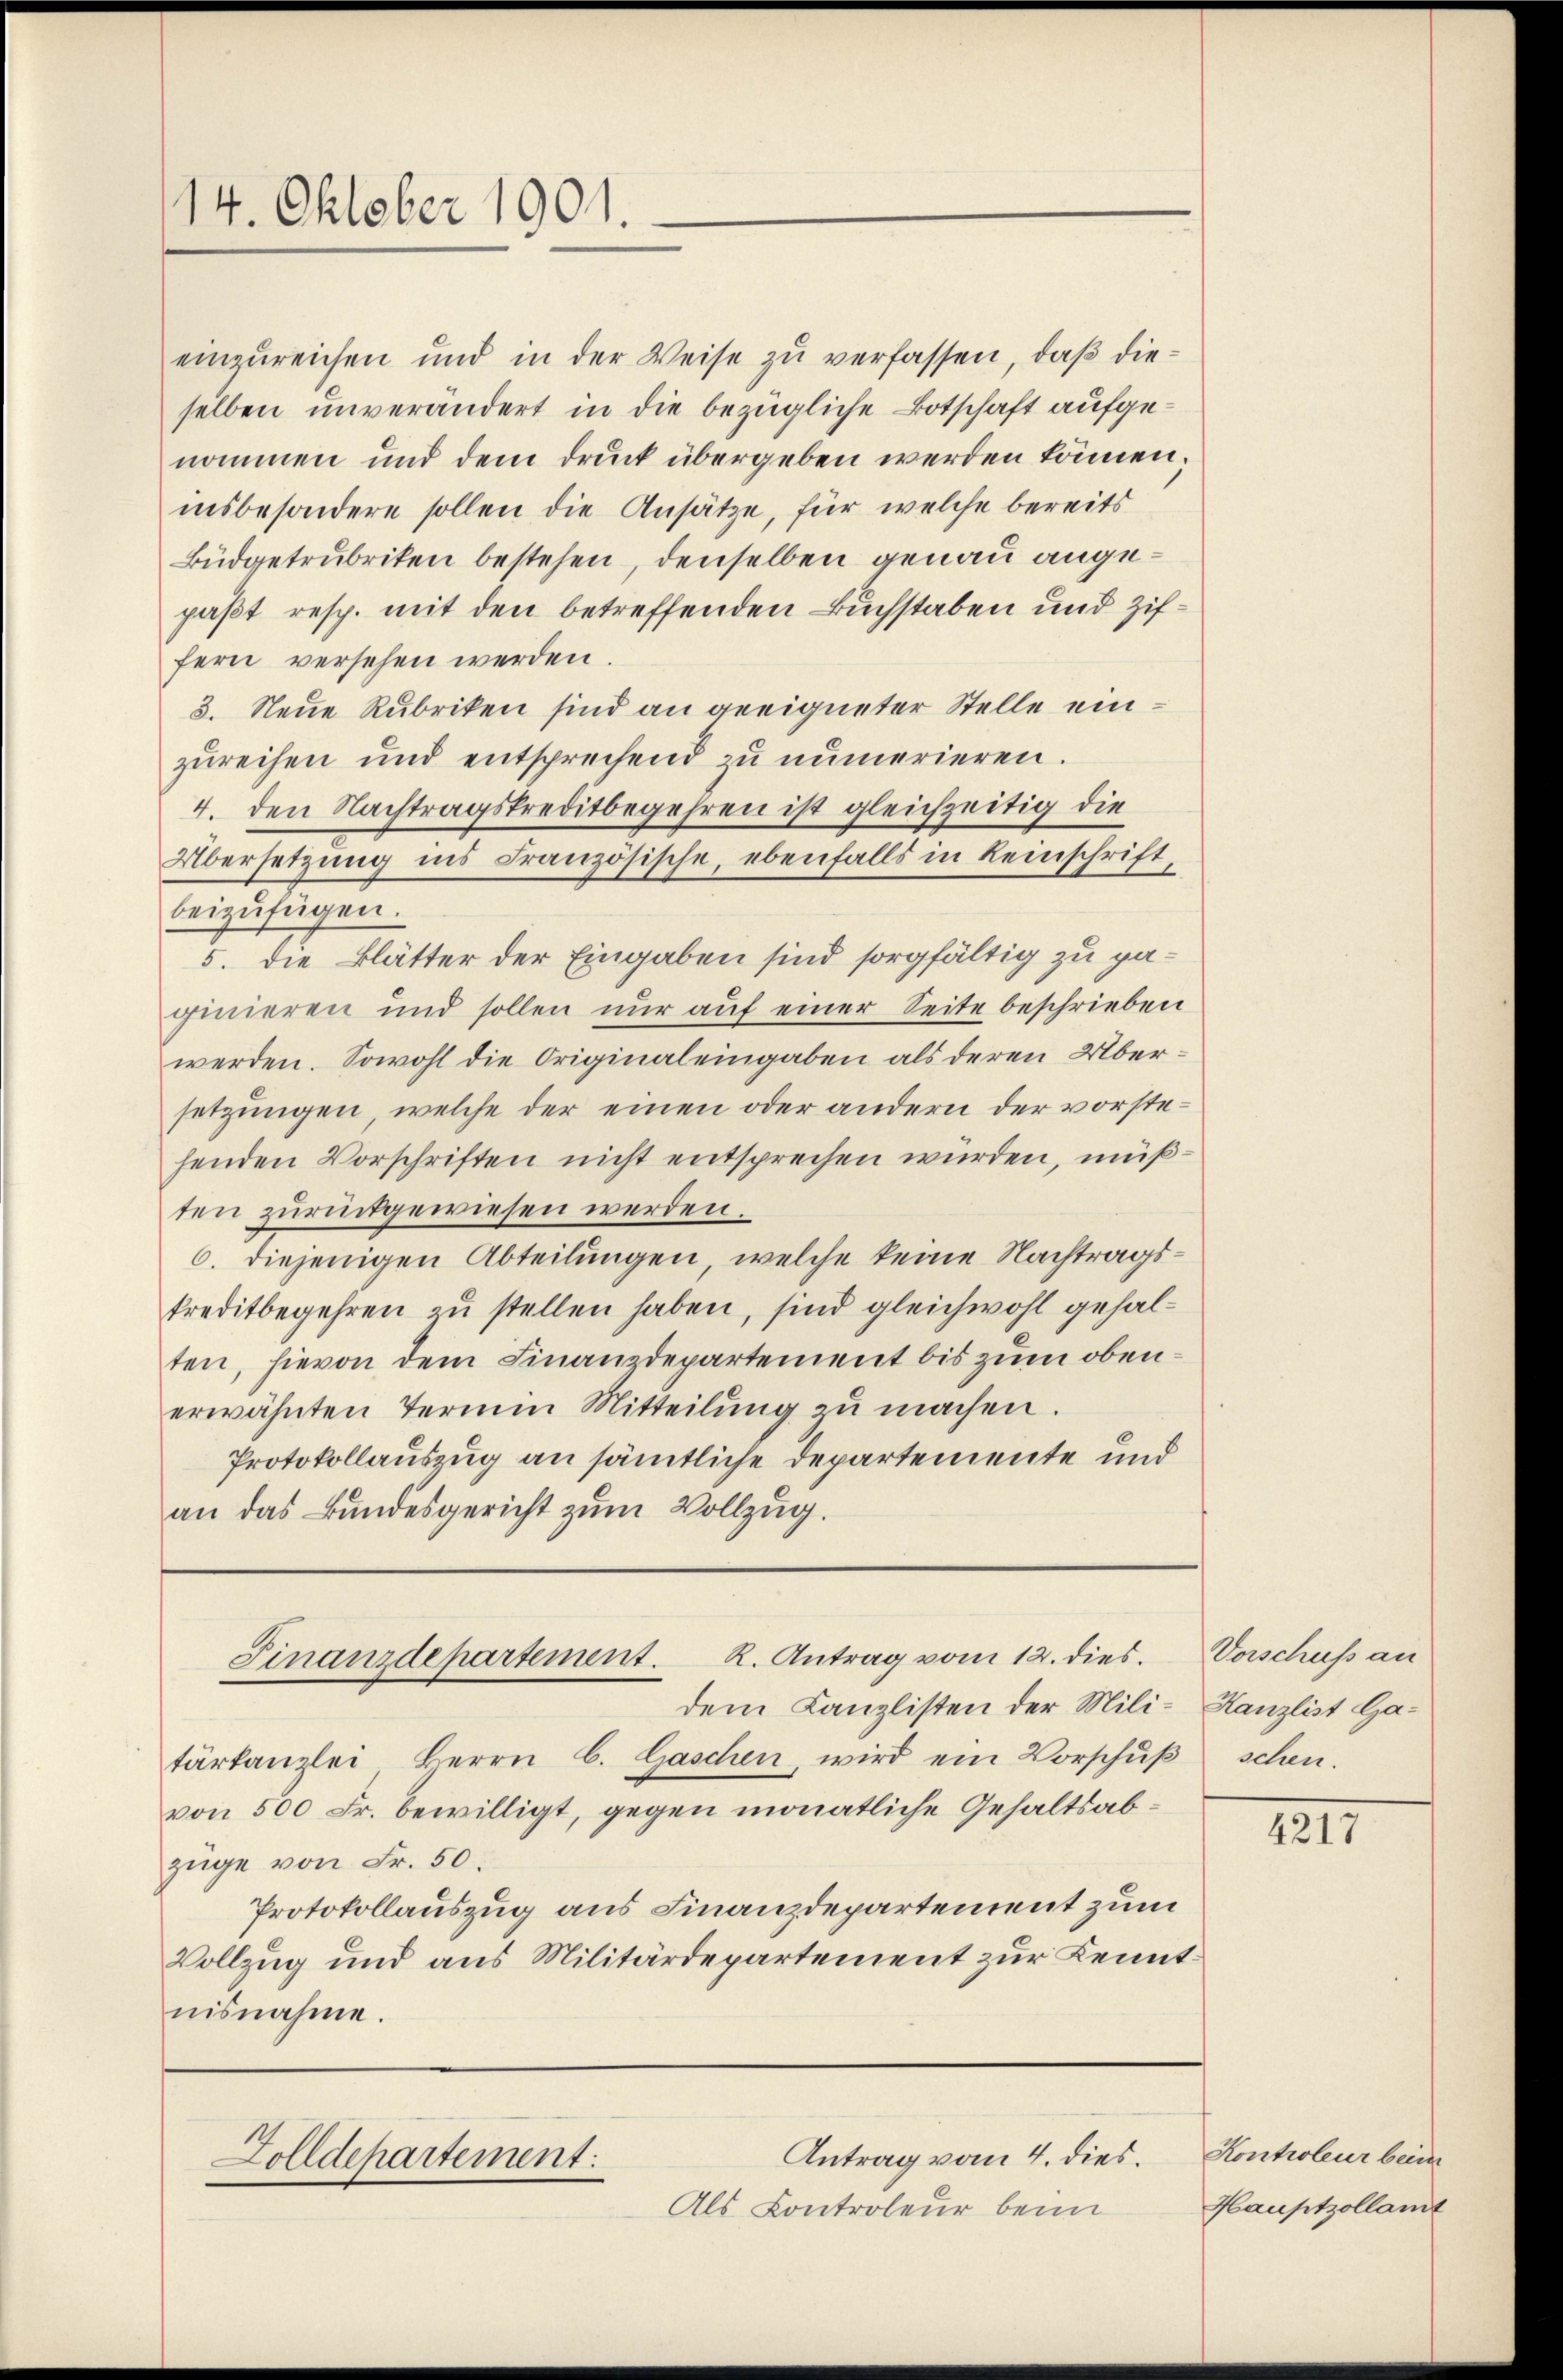
14. Oktober 1901.

einzureichen und in der Weise zu verfassen, daß dieselben unverändert in die bezügliche Botschaft aufgenommen und dem Druck übergeben werden können;
insbesondere sollen die Ansätze, für welche bereits
Büdgetrubriken bestehen, denselben genau angepaßt resp. mit den betreffenden Buchstaben und Ziffern versehen werden.
3. Neue Rubriken sind an geeigneter Stelle einzurechen und entsprechend zŭ numerieren.
4. den Nachtragskreditbegehren ist gleichzeitig die
Übersetzung ins Französische, ebenfalls in Reinschrift,
beizufügen.
5. die Blätter der Eingaben sind sorgfältig zu paginieren und sollen nur auf einer Seite beschrieben
werden. Sowohl die Originaleingaben als deren Übersetzungen, welche der einen oder andern der vorstehenden Vorschriften nicht entsprechen wurden, mußten zurückgewiesen werden.
6. diejenigen Abteilungen, welche keine Nachtragskreditbegehren zu stellen haben, sind gleichwohl gehalten, hievon dem Finanzdepartement bis zum obenerwähnten Termin Mitteilŭng zŭ machen.
Protokollauszug an sämtliche Departemente und
an das Bundesgericht zum Vollzug.

Finanzdepartement. K. Antrag vom 12. dies
dem Kanzlisten der Mili-Kanzlist Ga¬

tartanzlei Herrn C. Gaschen, wird ein Vorschŭβ schen.
von 500 Fr. bewilligt, gegen monatliche Gehaltsabzüge von Fr. 50.
Protokollauszug aus Finanzdepartement zum
Vollzug und aus Militärdepartement zur Kenntnisnahme.

Antrag vom 4. dies.
Zolldepartement:
Als Controleur beim

Vorschuss an

4217

Kontroleur beim
Hauptzollamt